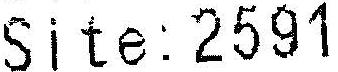
SITE: 2591